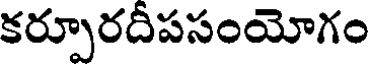
కర్పూరదీపసంయోగం